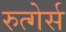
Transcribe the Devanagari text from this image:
रुत्गेर्स